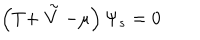
LaTeX: \left( T + \stackrel { \sim } { V } - \mu \right) \Psi _ { s } = 0